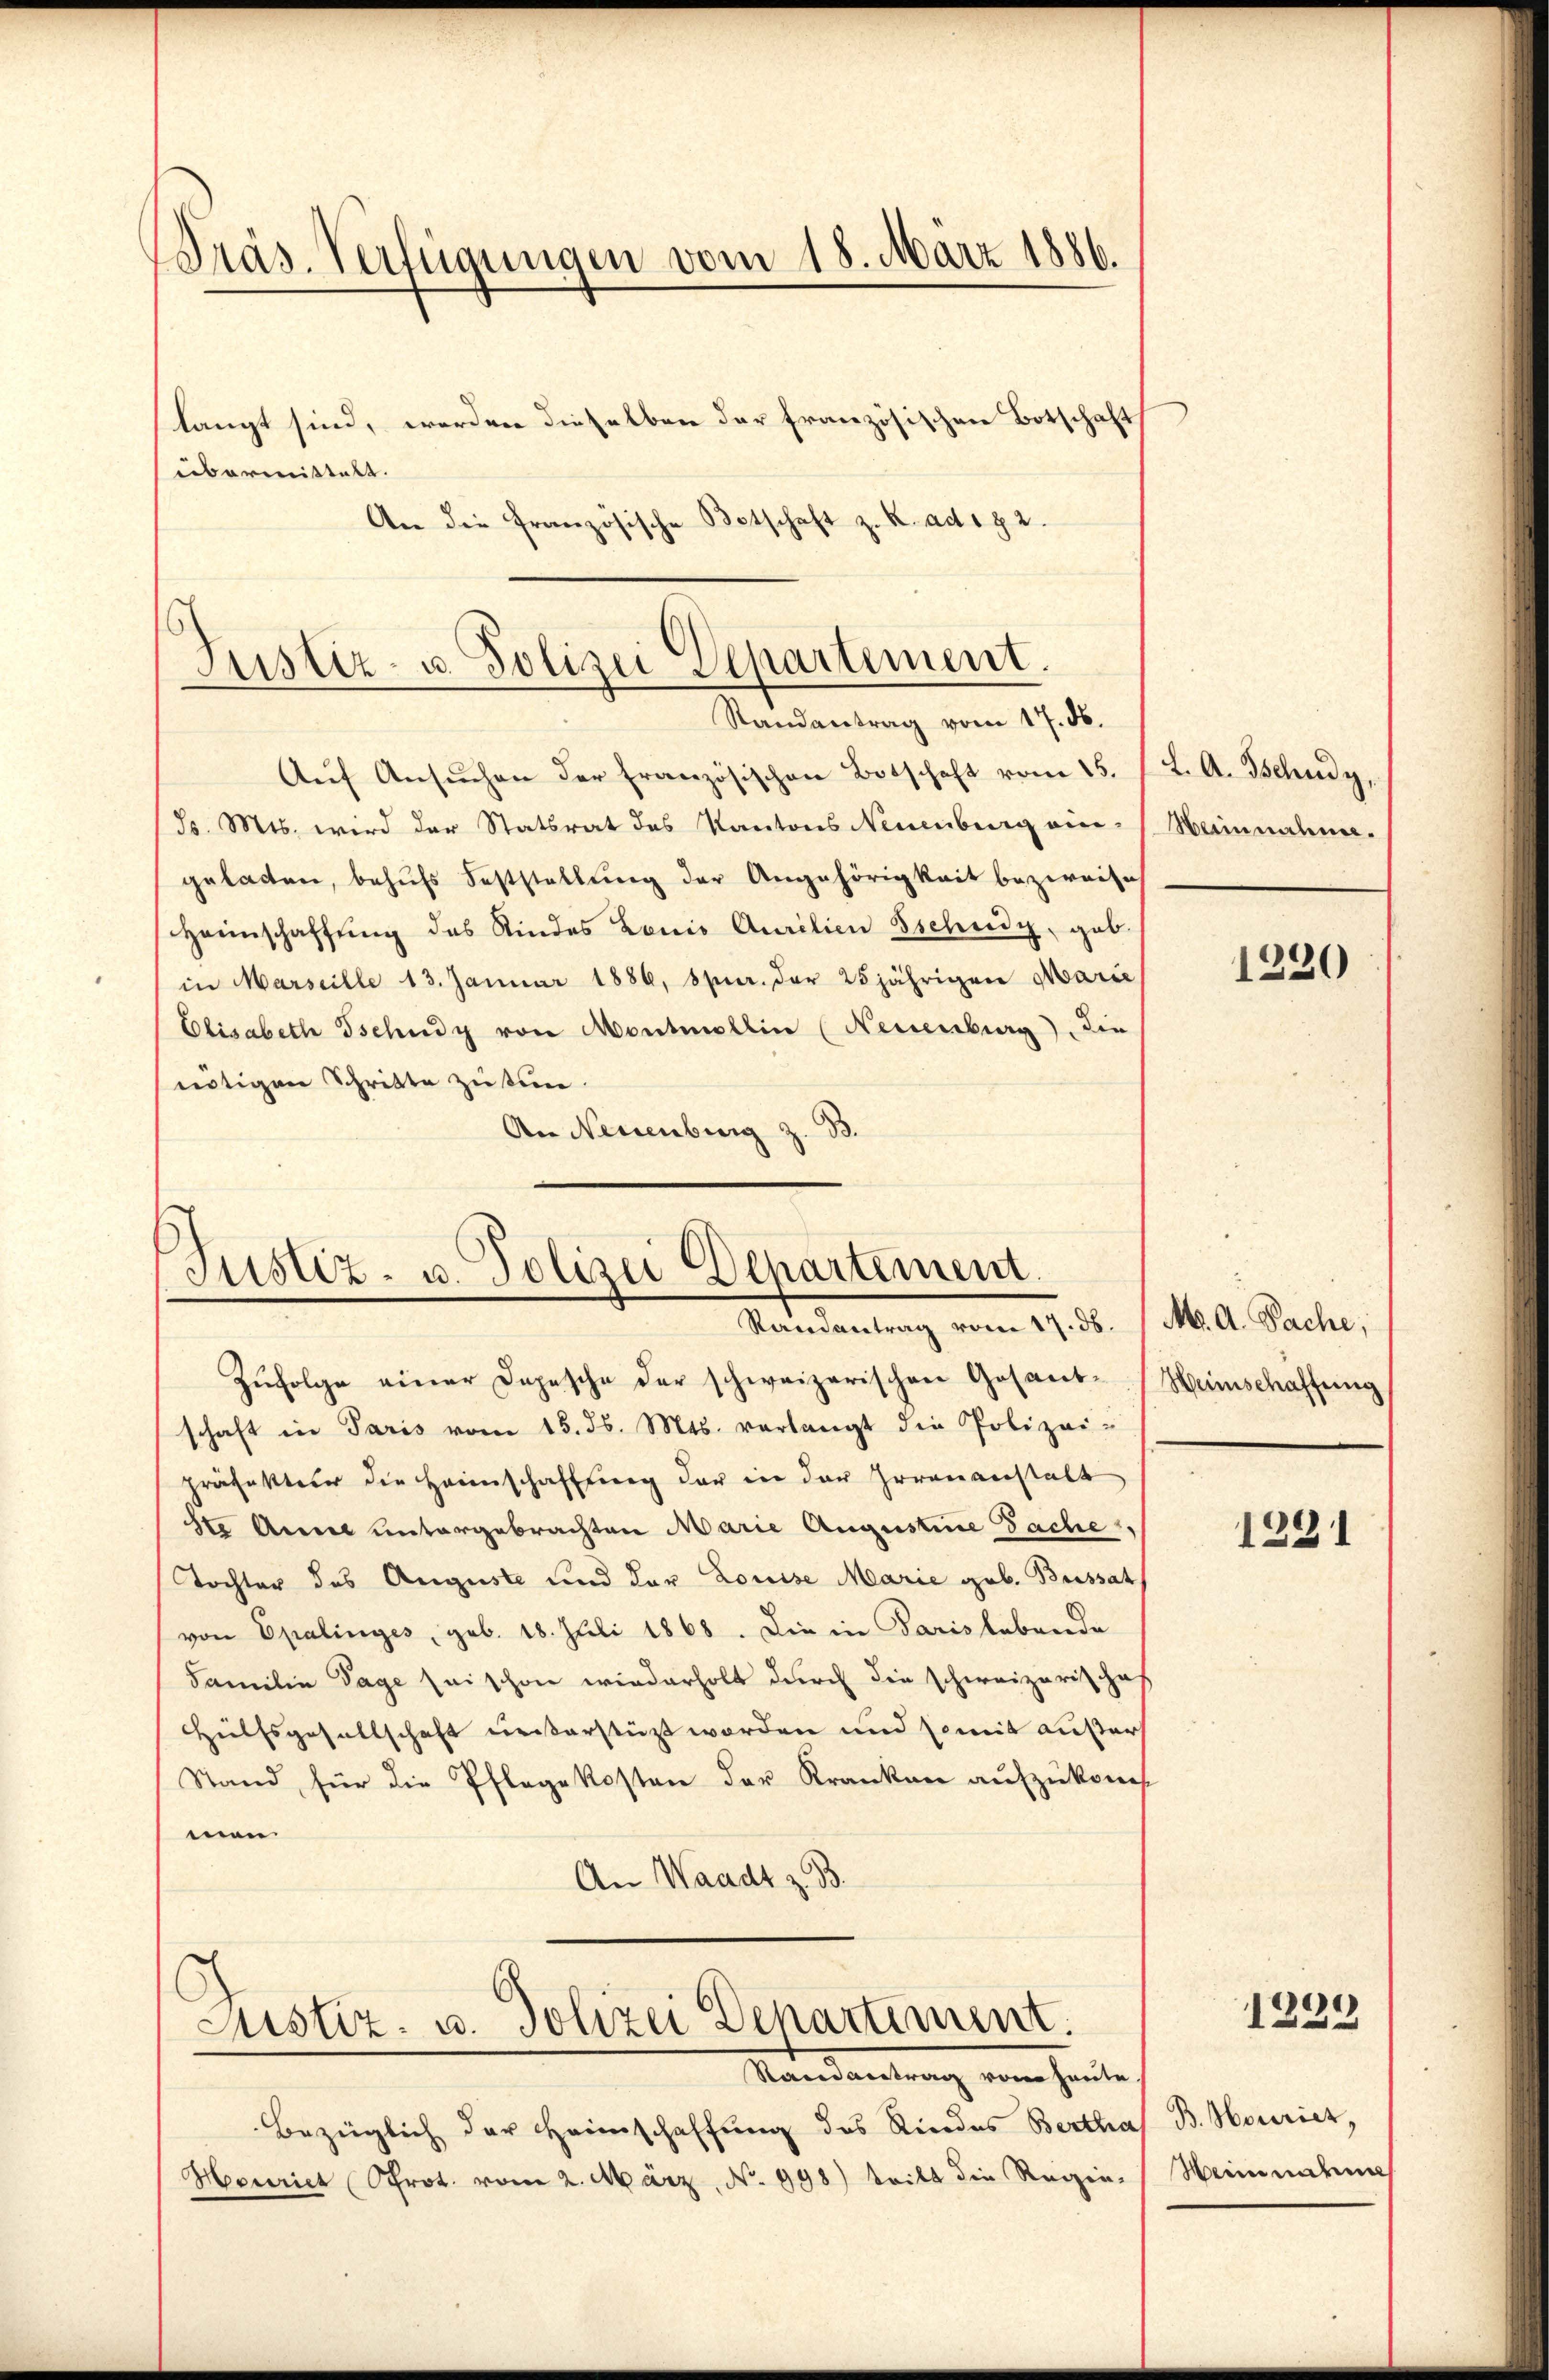
Präs. Verfügungen vom 18. März 1886.

langt sind, werden dieselben der französischen Botschaft
übermittelt.
An die französische Botschaft z. R. ad 1 § 2.

Justiz- u. Polizei Departement.
Randantrag vom 17. d.

Justiz- u. Polizei Departement.
Randantrag vom 17. d. M. A. Sache,

Aŭf Ansŭchen der Französischen Botschaft vom 15. 12. A. Tschudy
(ds. Mts. wird der Statsrat des Kantons Neuenburg eingelasten, behŭfs Feststellung der Angehörigkeit bezweife
Heimschaffŭng des Kindes Lonio Amrilien schudy, geb.
in Marseille 13. Januar 1886, spur. der 25jährigen Marie
Elisabeth Tschudy von Montmollin (Neuenburg), die
nötigen Schritte zu tun.
An Neuenburg z. B.

Justiz- u. Polizei Departement.

Zŭfolge einer Depesche der schweizerischen Gosant-Heimschaffŭng
schaft in Paris vom 15. d. Mts. verlangt die Polizei-
Präfektur die Heimschaffung der in der Irrenanstalt
ste Annel untergebrachten Marie Augustine Sache,
Tochter des Auguste und der Louise Marie geb. Bussat
von Epalinges, geb. 18. Juli 1868. Die in Paris lebende
Familie Tage sei schon wiederholt durch die schweizerischaf
Hülfsgesellschaft unserstüzt worden und somit äußer
Stand für die Pflegekosten der Kranken aufzukom
men.
An Waadt z. B.

Mandantrag vom heute,
Bezüglich der Heimschaffung des Rindes Bertha
Henriet Prot. vom 2. März, N. 998) tritt die Regen. Weinnahme

Hainnahme.

1220

1231

1234

B. Heurich,